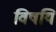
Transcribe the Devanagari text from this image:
विषयि